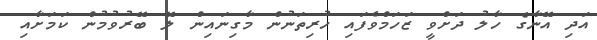
އަދި އޭނާގެ ހާލު ދަށްވީ ޒަހަމްވެފައި ހުރިތަނުން މާގިނައިން ލޭ ބޭރުވުމުން ކަމަށާއި